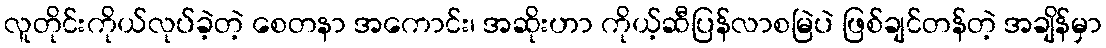
လူတိုင်းကိုယ်လုပ်ခဲ့တဲ့ စေတနာ အကောင်း၊ အဆိုးဟာ ကိုယ့်ဆီပြန်လာစမြဲပဲ ဖြစ်ချင်တန်တဲ့ အချိန်မှာ